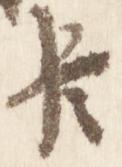
臣